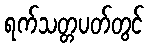
ရက်သတ္တပတ်တွင်